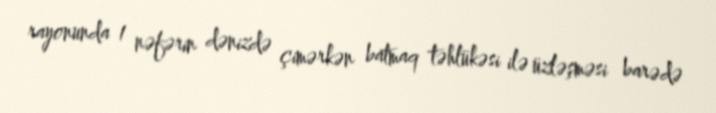
rayonunda 1 nəfərin dənizdə çimərkən batmaq təhlükəsi ilə üzləşməsi barədə